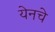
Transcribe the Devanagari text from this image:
येनचे